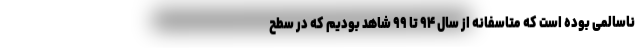
ناسالمی بوده است که متاسفانه از سال ۹۴ تا ۹۹ شاهد بودیم که در سطح